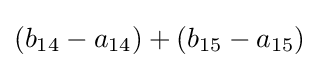
(b_{14}-a_{14})+(b_{15}-a_{15})